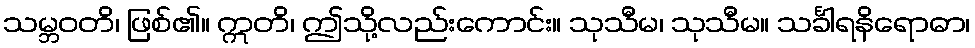
သမ္ဘဝတိ၊ ဖြစ်၏။ ဣတိ၊ ဤသို့လည်းကောင်း။ သုသီမ၊ သုသီမ။ သင်္ခါရနိရောဓာ၊